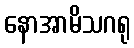
နောအာမိသဂရု